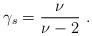
LaTeX: \begin{align*}\gamma_s=\frac{\nu}{\nu-2}\ .\end{align*}